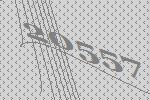
20557